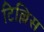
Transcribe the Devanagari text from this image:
टिल्लिस